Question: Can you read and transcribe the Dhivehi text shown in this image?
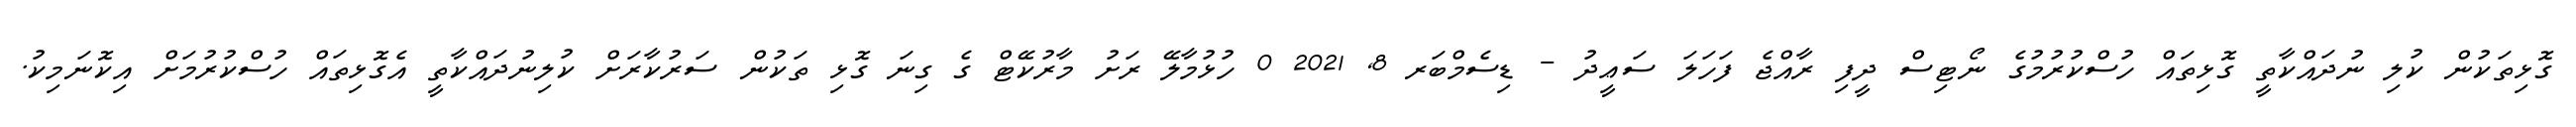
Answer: ގޮޅިތަކުން ކުލި ނުދައްކާތީ ގޮޅިތައް ހުސްކުރުމުގެ ނޯޓިސް ދީފި ރާއްޖެ ފަހަލަ ސަޢީދު - ޑިސެމްބަރ 8, 2021 0 ހުޅުމާލޭ ރަށު މާރުކޭޓް ގެ ގިނަ ގޮޅި ތަކުން ސަރުކާރަށް ކުލިނުދައްކާތީ އެގޮޅިތައް ހުސްކުރުމަށް އިކޮނަމިކު.